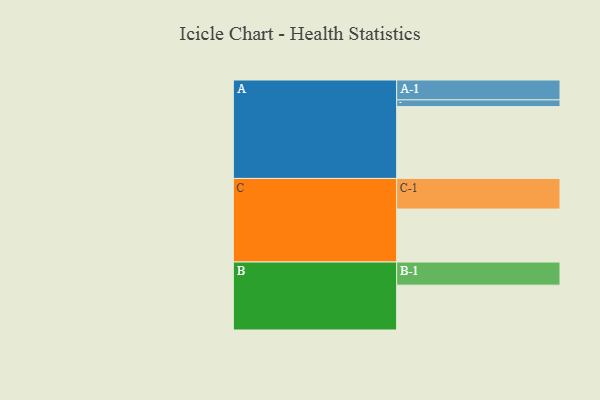
{"axis": {"x": "Segment", "y": "Value"}, "legend": ["", "A", "B", "C"], "data": [{"x": "A", "y": 575, "type": ""}, {"x": "B", "y": 359, "type": ""}, {"x": "C", "y": 424, "type": ""}, {"x": "A-1", "y": 159, "type": "A"}, {"x": "A-2", "y": 54, "type": "A"}, {"x": "B-1", "y": 185, "type": "B"}, {"x": "C-1", "y": 245, "type": "C"}]}